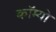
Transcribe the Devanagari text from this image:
कॉम्‍यो